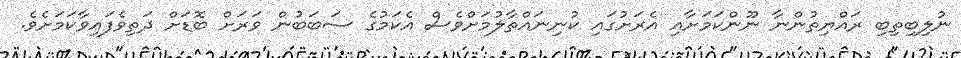
ނުލިބިތިބި ރައްޔިތުންނާ ނޫންކަމަށާއި އެރަށުގައި ކުނިނައްތާލުމަށްވެސް އެކަމުގެ ސަބަބުން ވަރަށް ބޮޑަށް ދަތިވެފައިވާކަމަށެވެ.